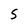
Character: S